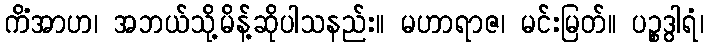
ကိံအာဟ၊ အဘယ်သို့မိန့်ဆိုပါသနည်း။ မဟာရာဇ၊ မင်းမြတ်။ ပဉ္စဒွါရံ၊